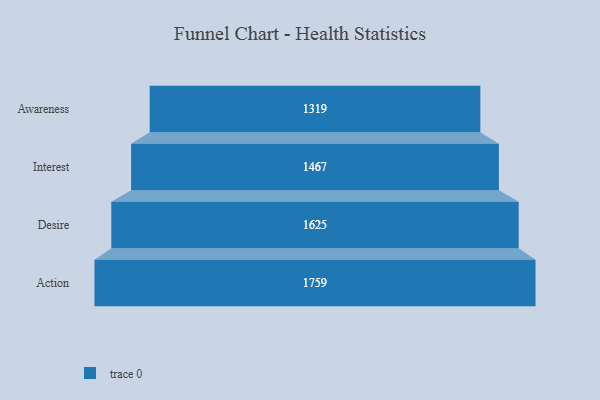
{"axis": {"x": "Stage", "y": "Value"}, "legend": [""], "data": [{"x": "Awareness", "y": 1319.0, "type": ""}, {"x": "Interest", "y": 1467.0, "type": ""}, {"x": "Desire", "y": 1625.0, "type": ""}, {"x": "Action", "y": 1759.0, "type": ""}]}